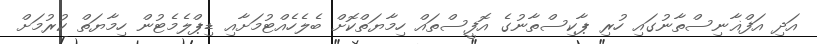
އަދި އަފްޣާނިސްތާނުގައި ހުރި ޕާކިސްތާނުގެ އޮފީސްތައް ހިމާޔަތްކޮށް ބެލެހެއްޓުމަށާއި ޑިޕްލެމެޓުން ހިމާޔަތް ކުރުމަށް